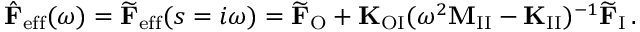
\hat { \mathbf { F } } _ { \mathrm { e f f } } ( \omega ) = \widetilde { \mathbf { F } } _ { \mathrm { e f f } } ( s = i \omega ) = \widetilde { \mathbf { F } } _ { \mathrm { O } } + \mathbf { K } _ { \mathrm { O I } } ( \omega ^ { 2 } \mathbf { M } _ { \mathrm { I I } } - \mathbf { K } _ { \mathrm { I I } } ) ^ { - 1 } \widetilde { \mathbf { F } } _ { \mathrm { I } } \, .